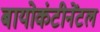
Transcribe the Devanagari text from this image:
बायोकंटीनेंटल